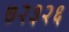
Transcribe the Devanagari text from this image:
७२३२६